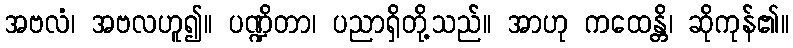
အဗလံ၊ အဗလဟူ၍။ ပဏ္ဍိတာ၊ ပညာရှိတို့သည်။ အာဟု ကထေန္တိ၊ ဆိုကုန်၏။